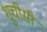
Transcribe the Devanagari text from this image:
शुचीसी